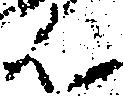
ん